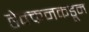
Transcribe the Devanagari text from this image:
डेक्कनकडून